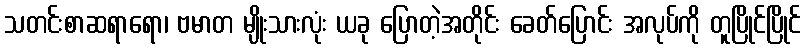
သတင်းစာဆရာရော၊ ဗမာတ မျိုးသားလုံး ယခု ပြောတဲ့အတိုင်း ခေတ်ပြောင်း အလုပ်ကို တူပြိုင်ပြိုင်